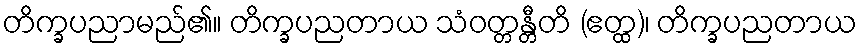
တိက္ခပညာမည်၏။ တိက္ခပညတာယ သံဝတ္တန္တီတိ (ဧတ္ထ)၊ တိက္ခပညတာယ